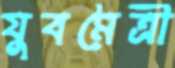
যুবমৈত্রী